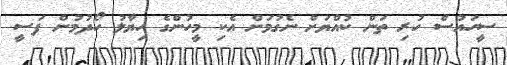
ސީހައުސް ހުރި ތަން ކުއްޔަށް ނެގުމަށް އެކި މީހުންގެ ހިޔާލު ހޯދުމުން ފަސީ